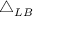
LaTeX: \triangle _ { L B }